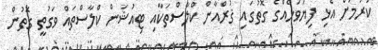
ކުރުމަށް އެޅި ފިޔަވަޅެއްގެ ގޮތުގައި ޤުރްއާން ކްލާސްތަކާއި ޓިއުޝަން ކްލާސްތައް ވަގުތީ ގޮތުން